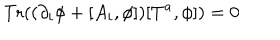
LaTeX: \mathrm { T r } ( ( \partial _ { i } \phi + [ A _ { i } , \phi ] ) [ T ^ { a } , \phi ] ) = 0